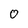
Character: o